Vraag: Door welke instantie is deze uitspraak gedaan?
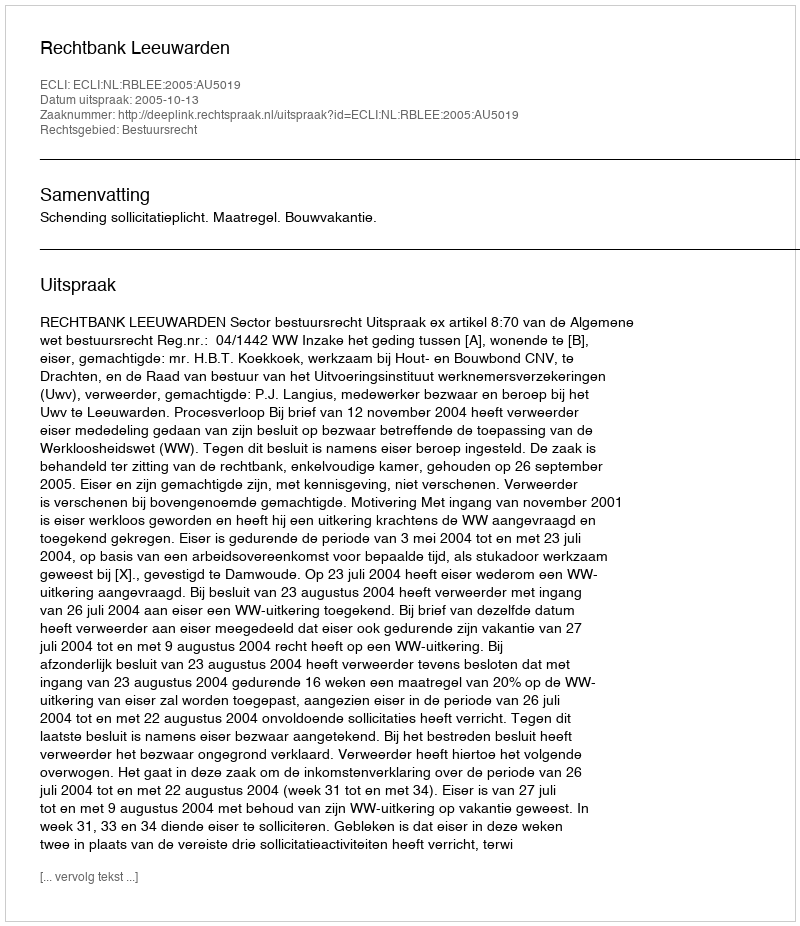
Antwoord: Rechtbank Leeuwarden